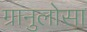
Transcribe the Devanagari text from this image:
ग्रानुलोसा